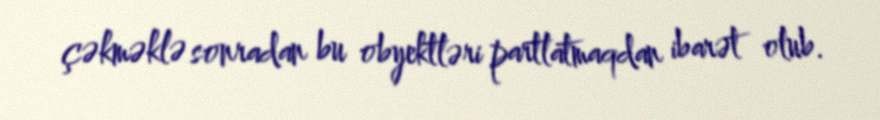
çəkməklə sonradan bu obyektləri partlatmaqdan ibarət olub.